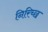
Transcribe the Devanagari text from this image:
निरिच्छ